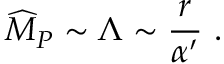
{ \widehat M } _ { P } \sim \Lambda \sim { \frac { r } { \alpha ^ { \prime } } } ~ .